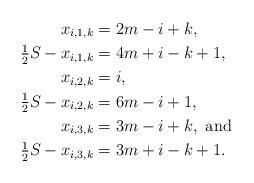
LaTeX: \begin{align*}x_{i,1,k} &= 2m-i+k, \\\tfrac{1}{2} S -x_{i,1,k} &= 4m+i-k+1, \\x_{i,2,k} &= i, \\\tfrac{1}{2} S - x_{i,2,k} &= 6m-i+1, \\x_{i,3,k} &= 3m-i+k, \mbox{ and } \\\tfrac{1}{2} S - x_{i,3,k} &= 3m+i-k+1. \end{align*}